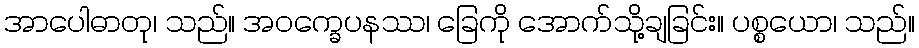
အာပေါဓာတု၊ သည်။ အဝက္ခေပနဿ၊ ခြေကို အောက်သို့ချခြင်း။ ပစ္စယော၊ သည်။